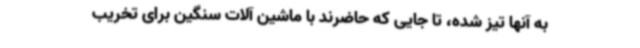
به آنها تیز شده، تا جایی که حاضرند با ماشین آلات سنگین برای تخریب